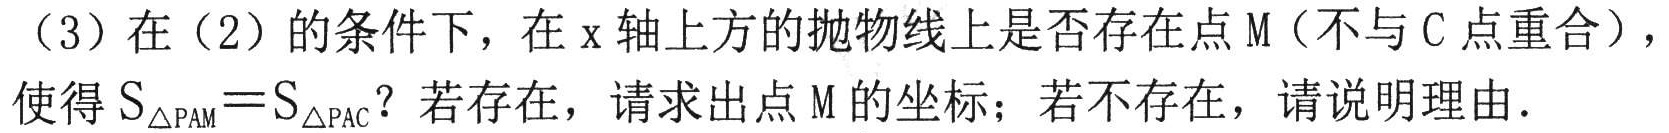
（3）在（2）的条件下，在\(x\)轴上方的抛物线上是否存在点\(M\)（不与\(C\)点重合），使得\(S_{\triangle{PAM}} = S_{\triangle{PAC}}\)？若存在，请求出点\(M\)的坐标；若不存在，请说明理由．